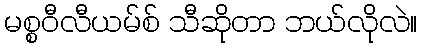
မစ္စဝီလီယမ်စ် သီဆိုတာ ဘယ်လိုလဲ။